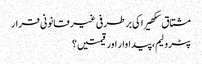
مشتاق سکھیرا کی برطرفی غیر قانونی قرار
پٹرولیم، پیداوار اور قیمتیں؟